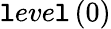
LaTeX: {\mathtt{l}eve\mathtt{l}}\left(0\right)